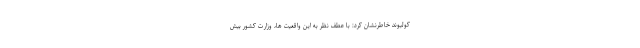
کولیوند خاطرنشان کرد: با عطف نظر به این واقعیت ها، وزارت کشور بیش